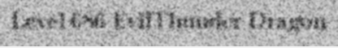
Level 686 EvilThunder Dragon